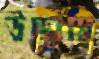
উচ্ছ্বাসি